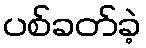
ပစ်ခတ်ခဲ့